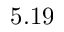
5 . 1 9